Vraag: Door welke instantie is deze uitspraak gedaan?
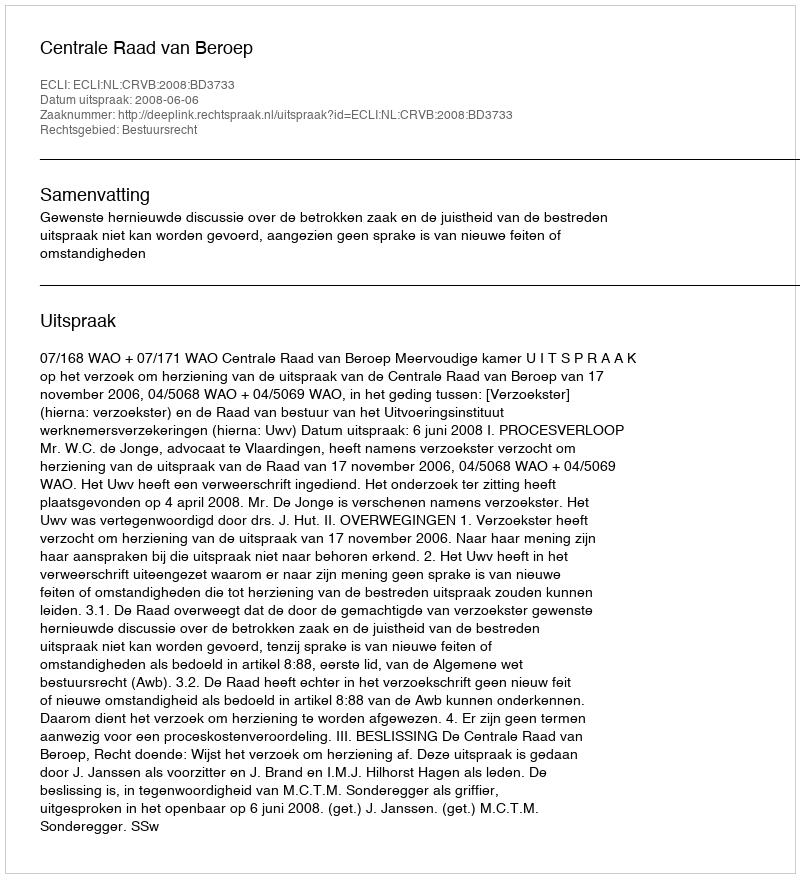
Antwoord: Centrale Raad van Beroep